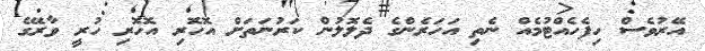
އޭރުވެސް ހިފެހެއްޓުމެއް ނެތި އަހަރެންގެ ދެލޮލުން ކަރުނަތަށް އޮހޮރި އޮހޮރި ހުރީ ވާރޭގެ